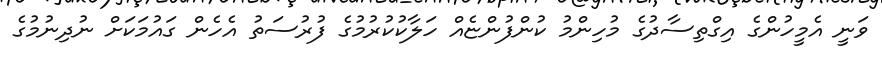
ވަނީ އެމީހުންގެ އިގްތިސާދުގެ މުހިންމު ކުންފުންޏެއް ހަލާކުކުރުމުގެ ފުރުސަތު އެހެން ގައުމަކަށް ނުދިނުމުގެ